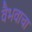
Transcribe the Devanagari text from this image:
वैभवाचा